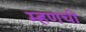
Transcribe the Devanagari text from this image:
म्हणची